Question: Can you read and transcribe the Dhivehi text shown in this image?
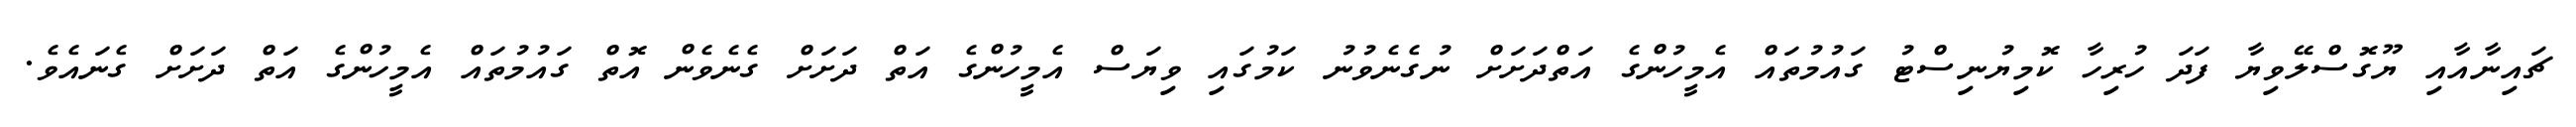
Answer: ޗައިނާއާއި ޔޫގޮސްލޭވިޔާ ފަދަ ހުރިހާ ކޮމިޔުނިސްޓު ގައުމުތައް އެމީހުންގެ އަތްދަށަށް ނުގެނެވުނު ކަމުގައި ވިޔަސް އެމީހުންގެ އަތް ދަށަށް ގެނެވެން އޮތް ގައުމުތައް އެމީހުންގެ އަތް ދަށަށް ގެނައެވެ.